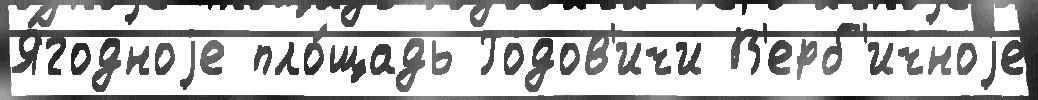
Я́годноjе пло́щадь Годов'ичи В'ерб'ичноjе